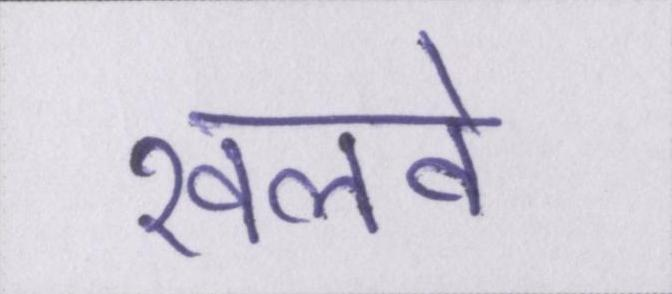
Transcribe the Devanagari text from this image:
खलवे